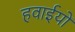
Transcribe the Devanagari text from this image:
हवाईयों